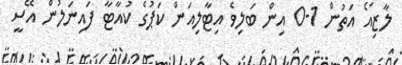
ލާޒިއޯ އަތުން 1-0 އިން ބަލިވެ އިޓާލިއަން ކަޕުގެ ކުއާޓާ ފައިނަލުން އޭސީ